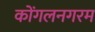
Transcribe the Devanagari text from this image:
कोंगलनगरम